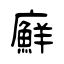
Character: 廯